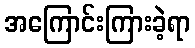
အကြောင်းကြားခဲ့ရာ